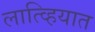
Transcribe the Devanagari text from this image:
लात्व्हियात